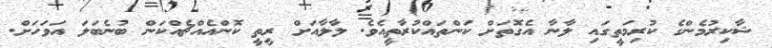
ޝާކިރުމެންގެ ކުރިމަތީގައި ލާނާ އެގޮތަށް ކަންތައްކުރާތީއެވެ. ލާލާއަށް ރީތީ ކޮންއެއްޗެއްކަން ބުނެބަލަ އަވަހަށް.